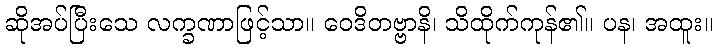
ဆိုအပ်ပြီးသေ လက္ခဏာဖြင့်သာ။ ဝေဒိတဗ္ဗာနိ၊ သိထိုက်ကုန်၏။ ပန၊ အထူး။